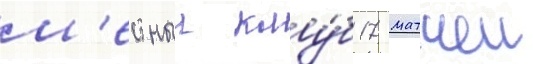
м'естныи клу́б 17 матчеи